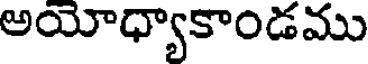
అయోధ్యాకాండము